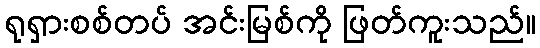
ရုရှားစစ်တပ် အင်းမြစ်ကို ဖြတ်ကူးသည်။